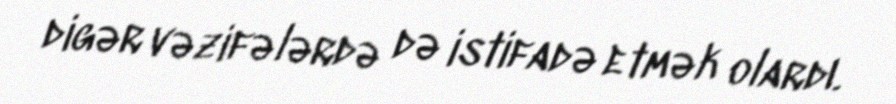
digər vəzifələrdə də istifadə etmək olardı.